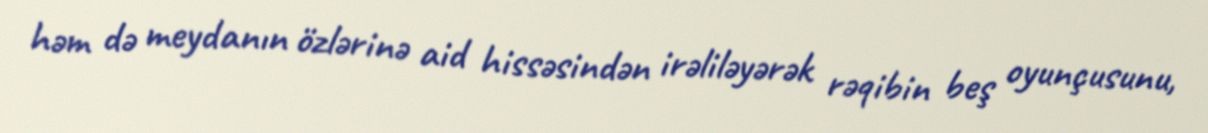
həm də meydanın özlərinə aid hissəsindən irəliləyərək rəqibin beş oyunçusunu,